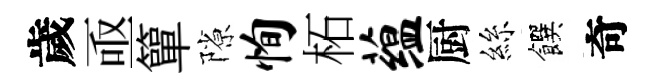
歲亟簞隙恂柘蕴厨絲饌奇